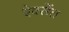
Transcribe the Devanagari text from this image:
ऐक्सेंत